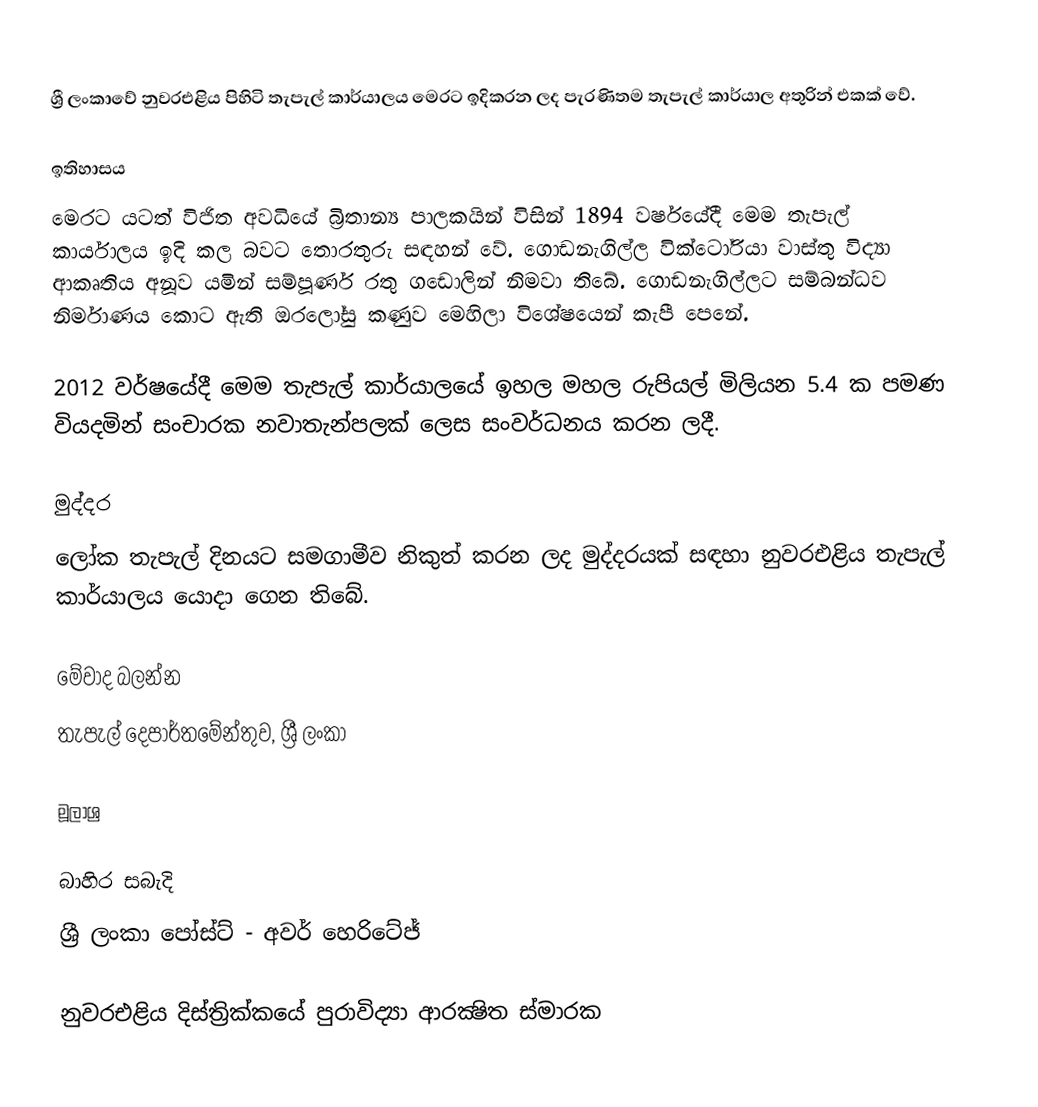
ශ්‍රී ලංකාවේ නුවරඑළිය පිහිටි තැපැල් කාර්යාලය මෙරට ඉදිකරන ලද පැරණිතම තැපැල් කාර්යාල අතුරින් එකක් වේ.

ඉතිහාසය
මෙරට යටත් විජිත අවධියේ බ්‍රිතාන්‍ය පාලකයින් විසින් 1894 වර්ෂයේදී මෙම තැපැල් කාර්යාලය ඉදි කල බවට තොරතුරු සඳහන් වේ. ගොඩනැගිල්ල වික්ටෝරියා වාස්තු විද්‍යා ආකෘතිය අනූව යමින් සම්පූර්ණ රතු ගඩොලින් නිමවා තිබේ. ගොඩනැගිල්ලට සම්බන්ධව නිර්මාණය කොට ඇති ඔරලෝසු කණුව මෙහිලා විශේෂයෙන් කැපී පෙනේ.

2012 වර්ෂයේදී මෙම තැපැල් කාර්යාලයේ ඉහල මහල රුපියල් මිලියන 5.4 ක පමණ වියදමින් සංචාරක නවාතැන්පලක් ලෙස සංවර්ධනය කරන ලදී.

මුද්දර
ලෝක තැපැල් දිනයට සමගාමීව නිකුත් කරන ලද මුද්දරයක් සඳහා නුවරඑළිය තැපැල් කාර්යාලය යොදා ගෙන තිබේ.

මේවාද බලන්න
තැපැල් දෙපාර්තමේන්තුව, ශ්‍රී ලංකා

මූලාශ්‍ර

බාහිර සබැදි
ශ්‍රී ලංකා පෝස්ට් - අවර් හෙරිටේජ්

නුවරඑළිය දිස්ත්‍රික්කයේ පුරාවිද්‍යා ආරක්‍ෂිත ස්මාරක